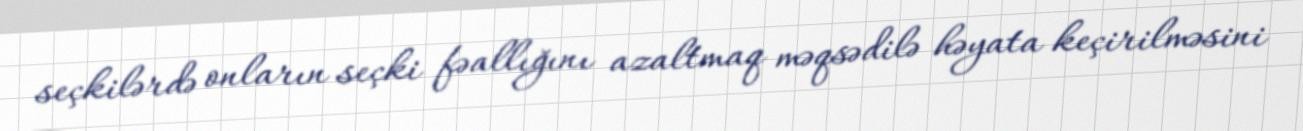
seçkilərdə onların seçki fəallığını azaltmaq məqsədilə həyata keçirilməsini